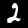
Digit: 2